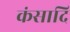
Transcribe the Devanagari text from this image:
कंसादि